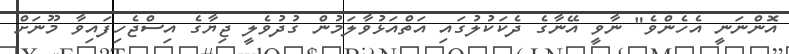
އޮންނަނީ އެހެންވެ" ނާވީ އޭނާގެ ދެކަކުލުގައި އަތްއަޅުވާލަމުން ގުދުވެލީ ޖިޔާގެ އިސްޖެހިފައިވާ މޫނަށް